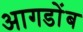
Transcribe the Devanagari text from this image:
आगडोंब